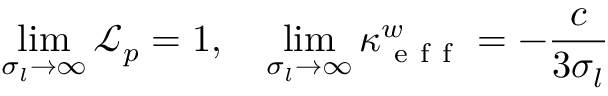
\operatorname* { l i m } _ { \sigma _ { l } \to \infty } \mathcal { L } _ { p } = 1 , \quad \operatorname* { l i m } _ { \sigma _ { l } \to \infty } \kappa _ { \mathrm { ~ e ~ f ~ f ~ } } ^ { w } = - \frac { c } { 3 \sigma _ { l } }